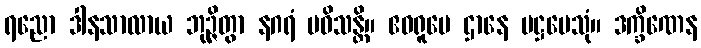
ရညော ဒါနသာလာယ ဘုဉ္ဇိတွာ နဂရံ ပဝိသန္တိ။ ဧဝရူပေ ဌာနေ ပဋ္ဌပေသုံ။ ဒက္ခိဏေန